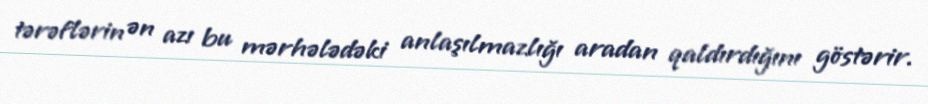
tərəflərin ən azı bu mərhələdəki anlaşılmazlığı aradan qaldırdığını göstərir.